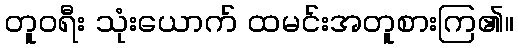
တူဝရီး သုံးယောက် ထမင်းအတူစားကြ၏။